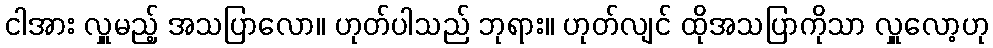
ငါအား လှူမည့် အသပြာလော။ ဟုတ်ပါသည် ဘုရား။ ဟုတ်လျင် ထိုအသပြာကိုသာ လှူလော့ဟု